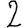
Digit: 2